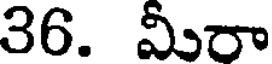
36. మీరా